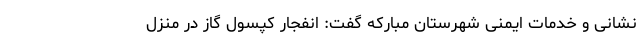
نشانی و خدمات ایمنی شهرستان مبارکه گفت: انفجار کپسول گاز در منزل